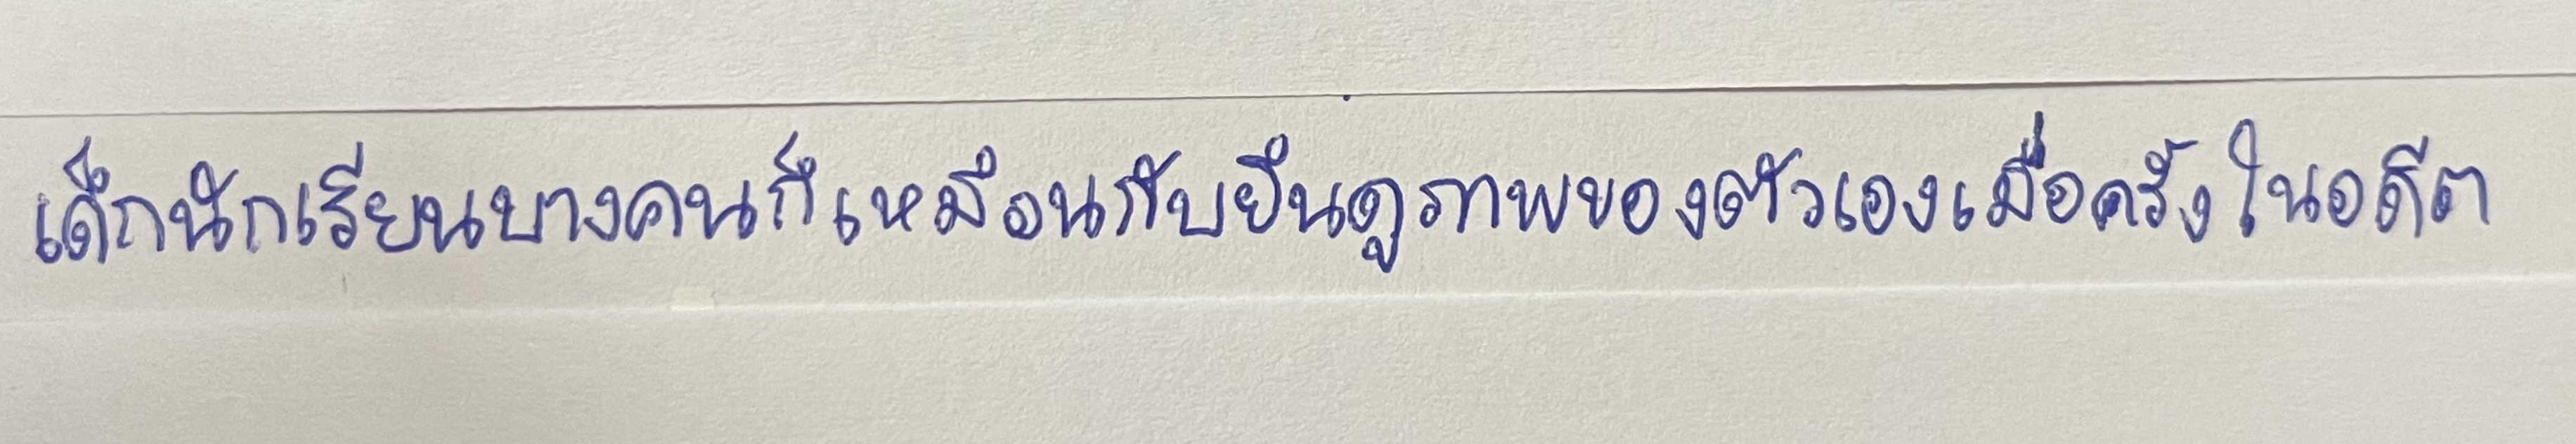
เด็กนักเรียนบางคนก็เหมือนกับยืนดูภาพของตัวเองเมื่อครั้งในอดีต